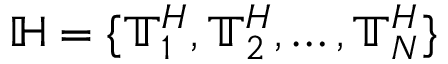
\mathbb { H } = \{ \mathbb { T } _ { 1 } ^ { H } , \mathbb { T } _ { 2 } ^ { H } , \dots , \mathbb { T } _ { N } ^ { H } \}